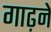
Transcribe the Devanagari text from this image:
गाढ़ने